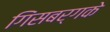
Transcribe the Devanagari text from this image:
गिंसबर्गके